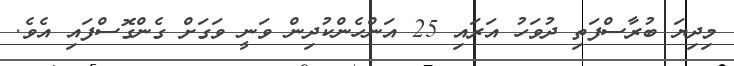
މިދިޔަ ބުރާސްފަތި ދުވަހު އަރައި 25 އަންހެންކުދިން ވަނީ ވަގަށް ގެންގޮސްފައި އެވެ.